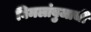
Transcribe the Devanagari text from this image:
विमलांबुजाची